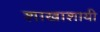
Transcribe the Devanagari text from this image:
शाखाशायी